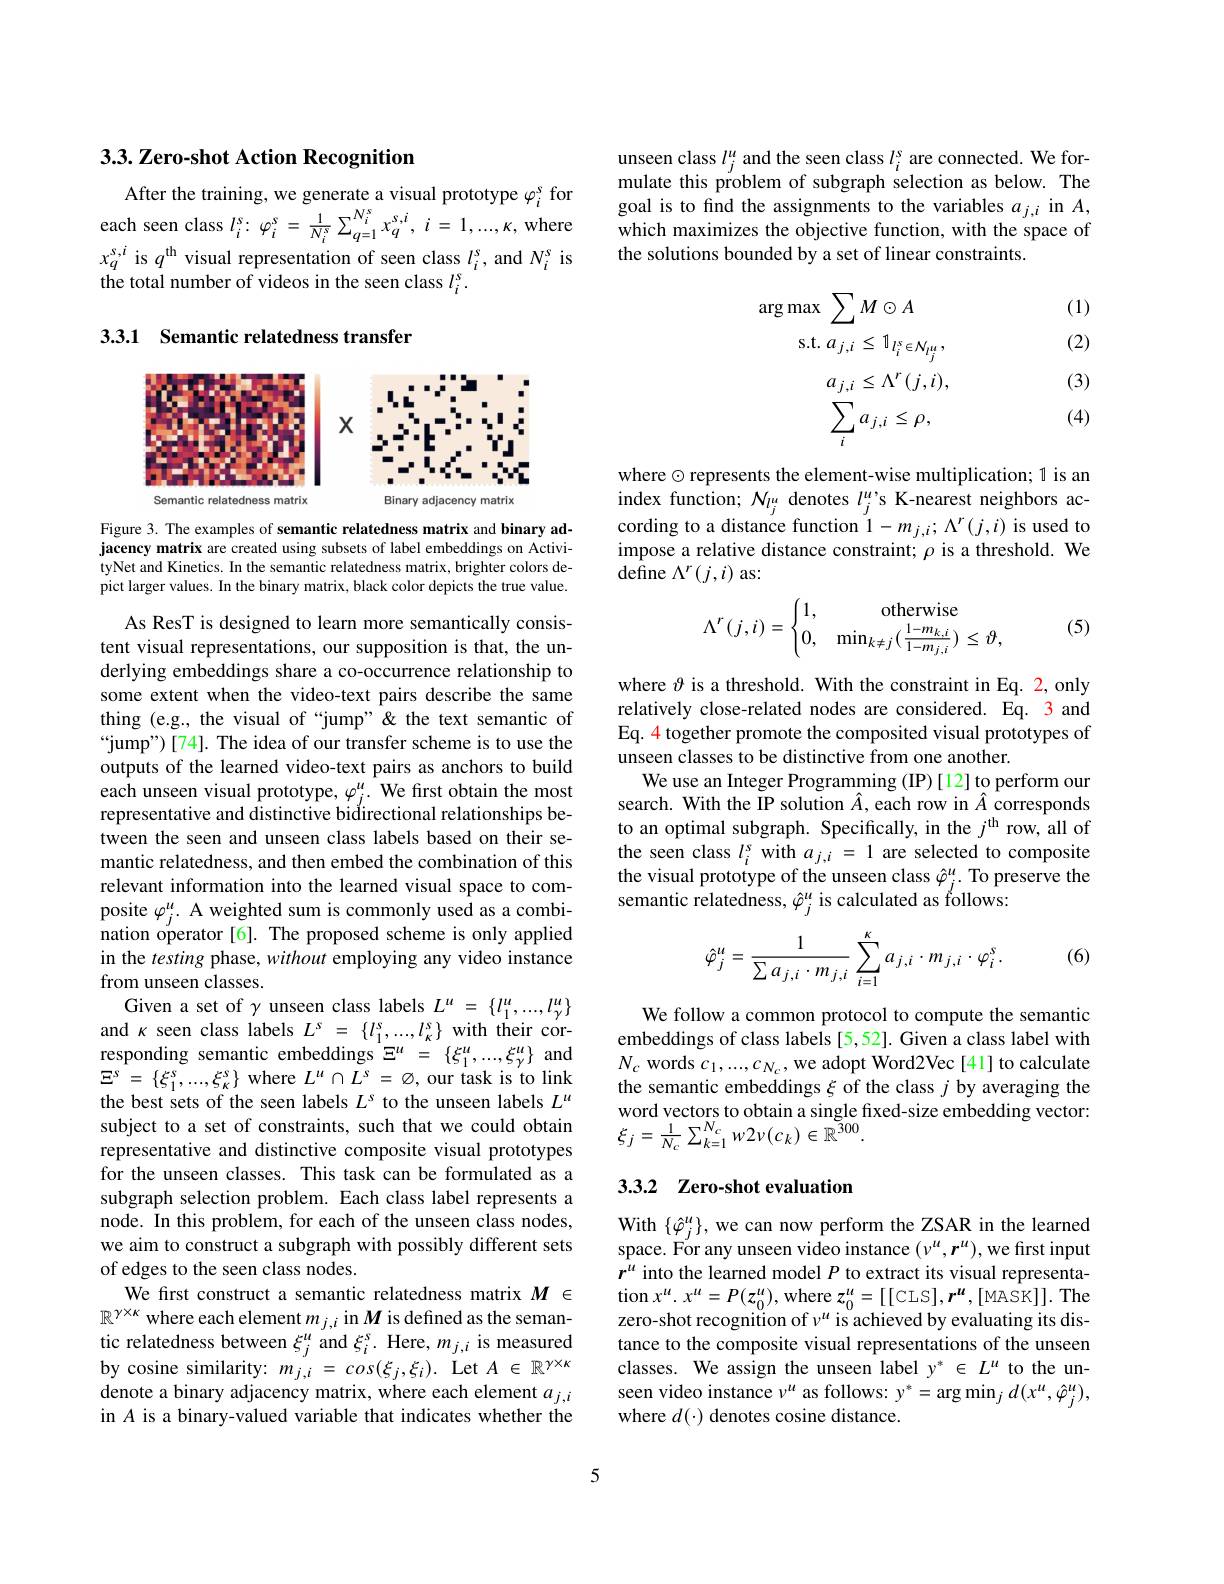
## 3.3. Zero-shot Action Recognition

After the training, we generate a visual prototype $\varphi_i^s$ for each seen class $l_i^{s}\nobreak {: } \varphi _{i}^{s}= \frac 1{N_{i}^{s}}\sum _{q= 1}^{N_{i}^{s}}x_{q}^{s, i}, i= 1, . . . , \kappa , $where $x_{q}^{s,i}$ is $q^\mathrm{th}$ visual representation of seen class $l_i^s$, and $N_i^s$ is the total number of videos in the seen class $l_i^s.$

3.3.1 Semantic relatedness transfer

<FigureHere>

Figure 3. The examples of semantic relatedness matrix and binary adjacency matrix are created using subsets of label embeddings on ActivityNet and Kinetics. In the semantic relatedness matrix, brighter colors depict larger values. In the binary matrix, black color depicts the true value.

As ResT is designed to learn more semantically consistent visual representations, our supposition is that, the underlying embeddings share a co-occurrence relationship to some extent when the video-text pairs describe the same thing (e.g., the visual of “jump”" & the text semantic of “jump”)[74]. The idea of our transfer scheme is to use the outputs of the learned video-text pairs as anchors to build each unseen visual prototype, $\varphi_j^{\mu}.$ We first obtain the most representative and distinctive bidirectional relationships between the seen and unseen class labels based on their semantic relatedness, and then embed the combination of this relevant information into the learned visual space to composite $\varphi_j^u.$ A weighted sum is commonly used as a combination operator[6]. The proposed scheme is only applied in the testing phase, without employing any video instance from unseen classes.
Given a set of $\gamma$ unseen class labels $L^u=\{l_1^u,...,l_\gamma^u\}$ and $\kappa$ seen class labels $L^s=\{l_1^s,...,l_k^s\}$ with their corresponding semantic embeddings $\Xi^u=\{\xi_1^u,...,\xi_\gamma^u\}$ and $\Xi ^{s}$ = $\{ \xi _{1}^{s}, . . . , \xi _{\kappa }^{s}\}$ where $L^u\cap L^{s}$ = $\emptyset $, our task is to link the best sets of the seen labels $L^s$ to the unseen labels $L^u$ subject to a set of constraints, such that we could obtain representative and distinctive composite visual prototypes for the unseen classes. This task can be formulated as a subgraph selection problem. Each class label represents a node. In this problem, for each of the unseen class nodes, we aim to construct a subgraph with possibly different sets of edges to the seen class nodes.
We first construct a semantic relatedness matrix $M$ $\in$ $\mathbb{R}^{\gamma\times\kappa}$ where each element $m_j,i$ in $M$ is defined as the semantic relatedness between $\xi_j^u$ and $\xi_i^s.$ Here, $m_j,i$ is measured by cosine similarity: $m_j,i=cos(\xi_{j},\xi_{i}).$ Let $A\in\mathbb{R}^\gamma\times\kappa$ denote a binary adjacency matrix, where each element $a_{j,i}$ in A is a binary-valued variable that indicates whether the

unseen class $l_j^u$ and the seen class $l_i^s$ are connected. We formulate this problem of subgraph selection as below. The goal is to find the assignments to the variables $a_j,i$ in $A$, which maximizes the objective function, with the space of the solutions bounded by a set of linear constraints.

(1)

(2)
$$\arg\max\:\sum M\odot A\\\mathrm{s.t.}\:a_{j,i}\leq1_{l_{i}^{s}\in\mathcal{N}_{l_{j}^{u}}},\\a_{j,i}\leq\Lambda^{r}(j,i),\\\sum_{i}a_{j,i}\leq\rho,$$
(3)

(4)

where $\odot$ represents the element-wise multiplication; 1 is an index function; $N_l_j^u$ denotes $l_j^u’$s K-nearest neighbors according to a distance function $1-m_{j,i};\Lambda^{r}(j,i)$ is used to impose a relative distance constraint; $\rho$ is a threshold. We define $\Lambda^r(j,i)$ as:
$$\Lambda^r(j,i)=\begin{cases}1,&\text{otherwise}\\0,&\text{min}_{k\neq j}(\frac{1-m_{k,i}}{1-m_{j,i}})\leq\vartheta,\end{cases}$$
(5)

where $\vartheta$ is a threshold. With the constraint in Eq. 2, only relatively close-related nodes are considered. Eq. 3 and Eq. 4 together promote the composited visual prototypes of unseen classes to be distinctive from one another.
We use an Integer Programming (IP)[12] to perform our search. With the IP solution Â, each row in Â corresponds to an optimal subgraph. Specifically, in the $j^\mathrm{th}$ row, all of the seen class $l_i^s$ with $a_j,i=1$ are selected to composite the visual prototype of the unseen class $\hat{\varphi}_j^u.$ To preserve the semantic relatedness, $\hat{\varphi}_{j}^{u}$ is calculated as follows:

(6)
$$\hat{\varphi}_{j}^{u}=\frac{1}{\sum a_{j,i}\cdot m_{j,i}}\sum_{i=1}^{\kappa}a_{j,i}\cdot m_{j,i}\cdot\varphi_{i}^{s}.$$
We follow a common protocol to compute the semantic embeddings of class labels [5,52]. Given a class label with $N_{c}$ words $c_1,...,c_{N_{c}}$,we adopt Word2Vec[41] to calculate the semantic embeddings $\xi$ of the class $j$ by averaging the word vectors to obtain a single fixed-size embedding vector: $\xi_{j}=\frac{1}{N_{c}}\sum_{k=1}^{N_{c}}w2\nu(c_{k})\in\mathbb{R}^{300}.$

## 3.3.2 Zero-shot evaluation

With $\{\hat{\varphi}_{j}^{u}\}$,we can now perform the ZSAR in the learned space. For any unseen video instance $(\nu^u,\boldsymbol{r}^u)$,we first input $r^u$ into the learned model $P$ to extract its visual representa- $\begin{array}{l}{\mathrm{tion~}x^{u}.x^{u}=P(z_{0}^{u}),\mathrm{where~}z_{0}^{u}=[[\mathbb{C}\mathbb{L}\mathbb{S}],\boldsymbol{r}^{u},[\mathbb{M}\mathbb{A}\mathbb{S}\mathbb{K}]].\mathrm{The}}\\{\text{zero-shot recognition of }\nu^{u}\mathrm{~is~achieved~by~evaluating~its~dis-}}\end{array}$ tance to the composite visual representations of the unseen classes. We assign the unseen label y* $\in L^u$ to the unseen video instance $\nu^u$ as follows: $y^*=\arg\min_jd(x^u,\hat{\varphi}_j^u)$, where $d(\cdot)$ denotes cosine distance.

5